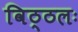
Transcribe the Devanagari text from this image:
विठ्ठलः